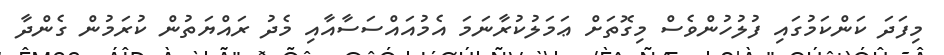
މިފަދަ ކަންކަމުގައި ފުލުހުންވެސް މިގޮތަށް ޢަމަލުކުރާނަމަ އެމުއައްސަސާއާއި މެދު ރައްޔަތުން ކުރަމުން ގެންދާ